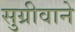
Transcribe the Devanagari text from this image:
सुग्रीवाने